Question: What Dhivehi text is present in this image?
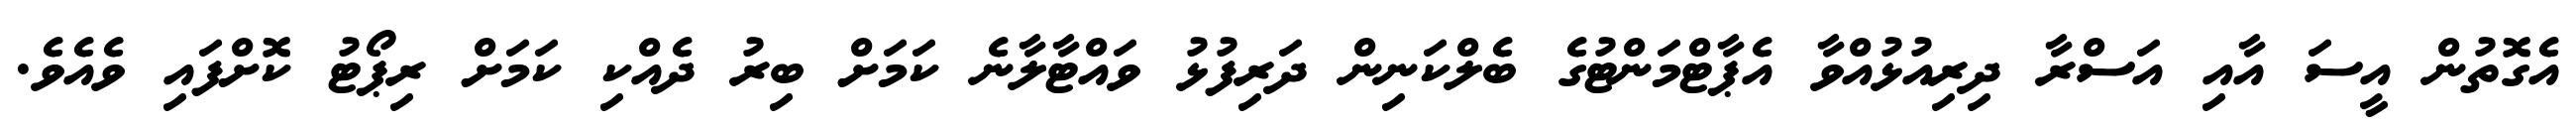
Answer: އެގޮތުން އީސަ އާއި އަސްރާ ދިރިއުޅުއްވާ އެޕާޓްމަންޓުގެ ބެލްކަނިން ދަރިފުޅު ވައްޓާލާނެ ކަމަށް ބިރު ދެއްކި ކަމަށް ރިޕޯޓު ކޮށްފައި ވެއެވެ.